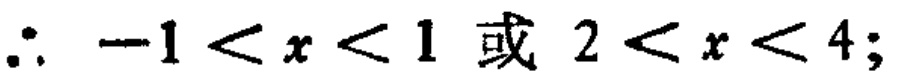
\(\therefore -1 < x < 1 \text{ 或 } 2 < x < 4;\)